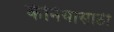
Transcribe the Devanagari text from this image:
केनियासाठी